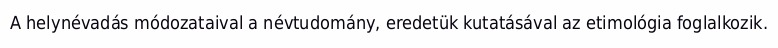
A helynévadás módozataival a névtudomány, eredetük kutatásával az etimológia foglalkozik.